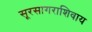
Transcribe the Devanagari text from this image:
सूरसागराशिवाय